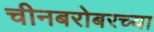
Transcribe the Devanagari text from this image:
चीनबरोबरच्या